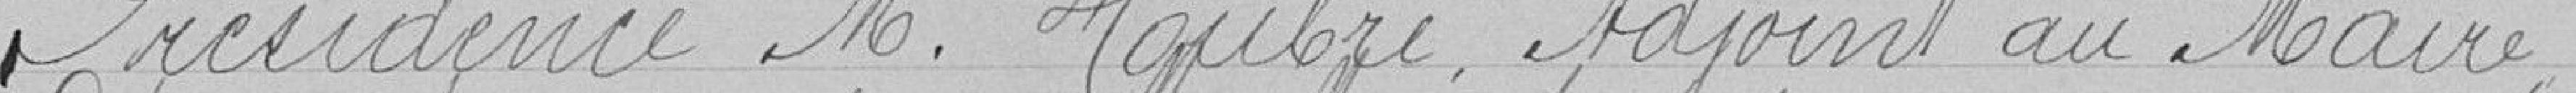
Présidence M.